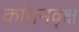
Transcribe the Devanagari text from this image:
कांचनवृक्ष